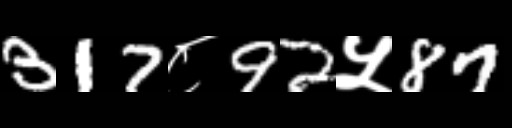
Text: 317८92५87